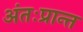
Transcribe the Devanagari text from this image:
अंतःप्रान्त